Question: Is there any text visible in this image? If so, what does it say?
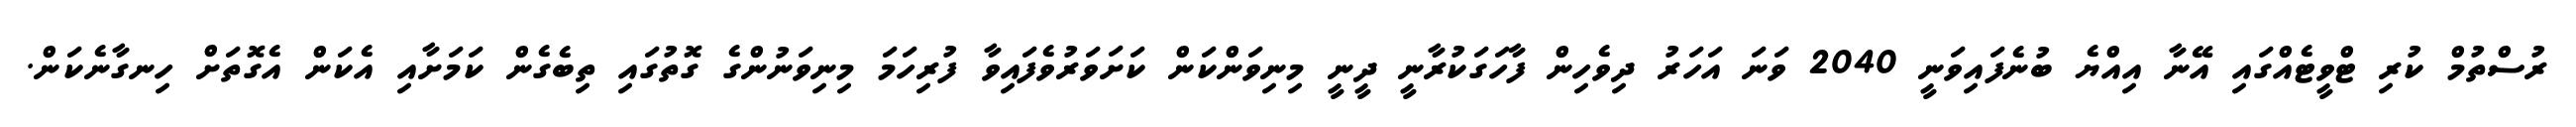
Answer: ރުސްތުމް ކުރި ޓްވީޓެއްގައި އޭނާ އިއްޔެ ބުނެފައިވަނީ 2040 ވަނަ އަހަރު ދިވެހިން ފާހަގަކުރާނީ ދީނީ މިނިވަންކަން ކަށަވަރުވެފައިވާ ފުރިހަމަ މިނިވަނުންގެ ގޮތުގައި ތިބެގެން ކަމަށާއި އެކަން އެގޮތަށް ހިނގާނެކަން.